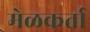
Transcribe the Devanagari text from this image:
मेळकर्ता